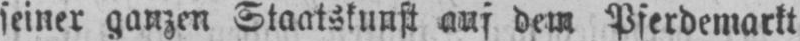
seiner ganzen Staatskunst auf dem Pferdemarkt